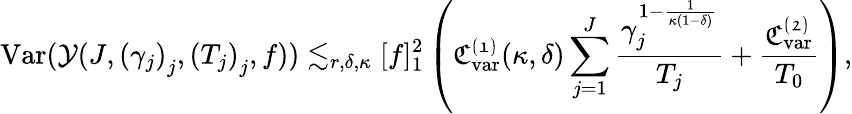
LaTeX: \mathrm{Var}(\mathcal{Y}(J,\left(\gamma_{j}\right)_{j},\left(T_{j}\right)_{j},f))\lesssim_{r,\delta,\kappa}[f]_{1}^{2}\left(\mathfrak{C_{\mathrm{var}}^{(1)}}(\kappa,\delta)\sum_{j=1}^{J}\frac{\gamma_{j}^{1-\frac{1}{\kappa(1-\delta)}}}{T_{j}}+\frac{\mathfrak{C_{\mathrm{var}}^{(2)}}}{T_{0}}\right),